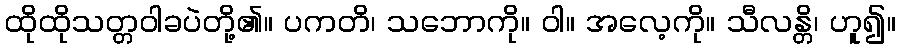
ထိုထိုသတ္တဝါခပဲတို့၏။ ပကတိ၊ သဘောကို။ ဝါ။ အလေ့ကို။ သီလန္တိ၊ ဟူ၍။